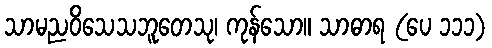
သာမညဝိသေသဘူတေသု၊ ကုန်သော။ သာဓာရ (ပေ ၁၁၁)